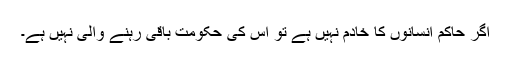
اگر حاکم انسانوں کا خادم نہیں ہے تو اس کی حکومت باقی رہنے والی نہیں ہے۔